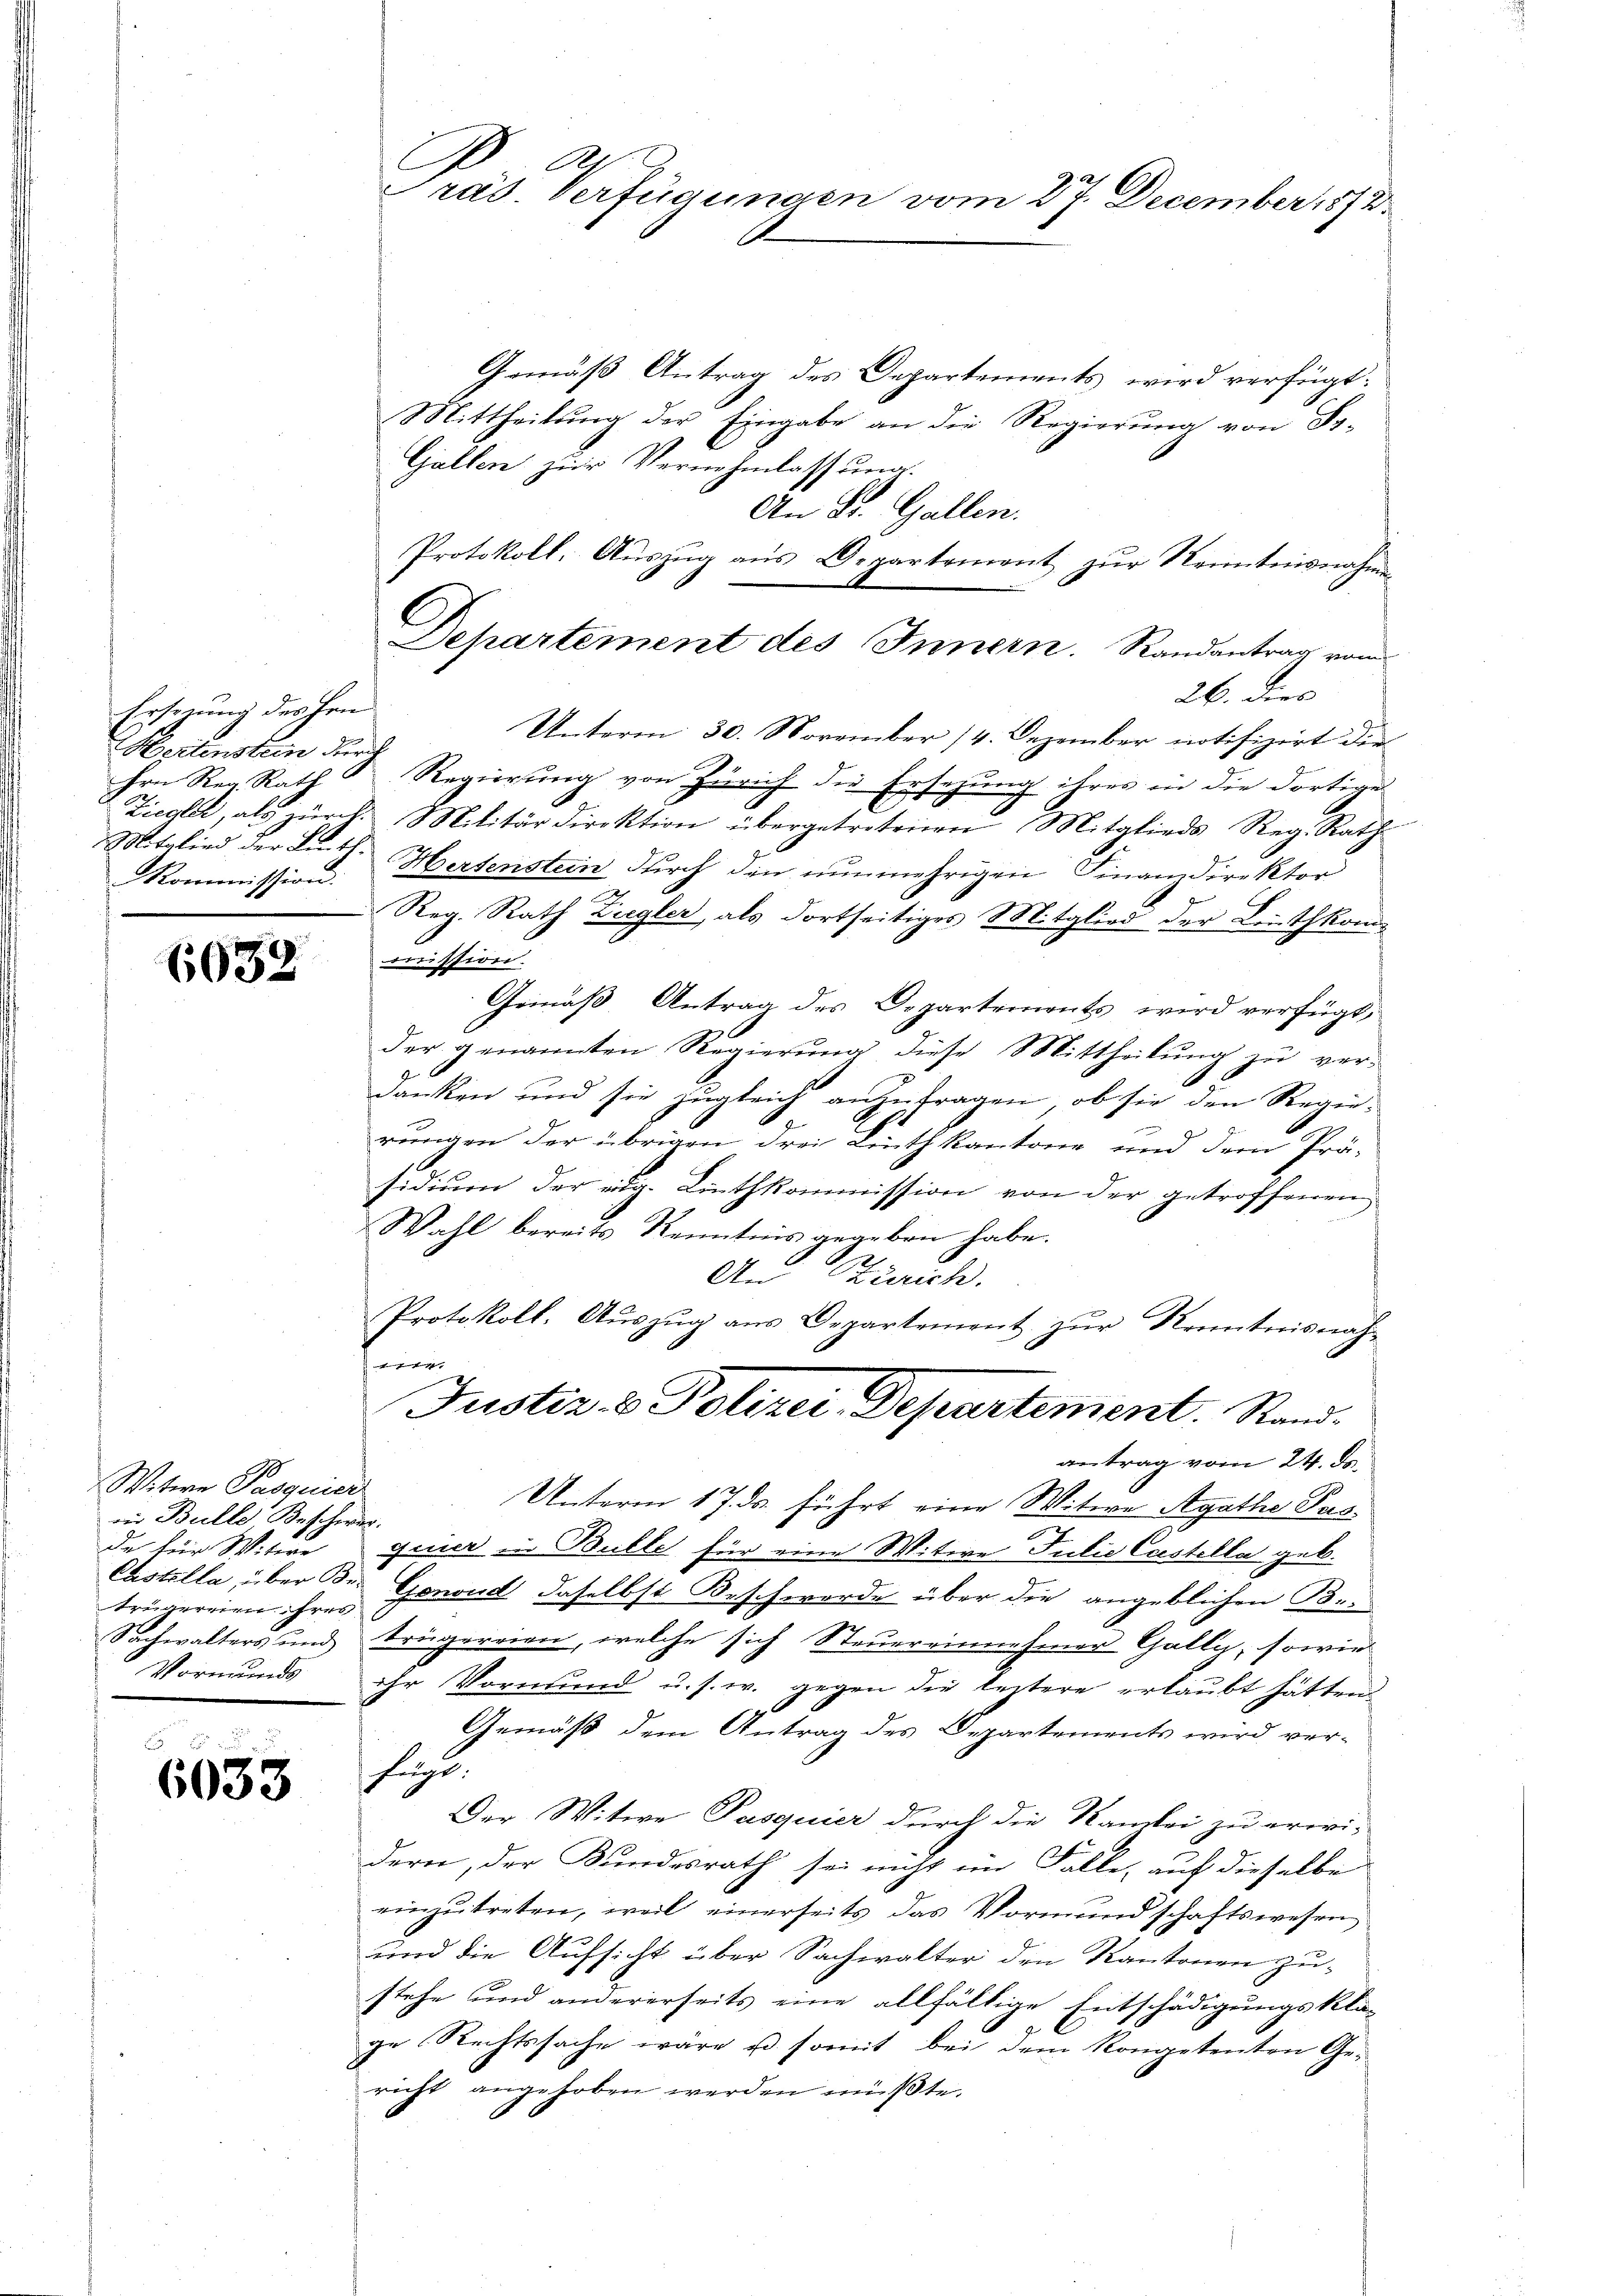
Ersezung des Hrn.
Hertenstein durch
Ihre Reg. Rath
Mitglied der Linth.
Kommission.

6032

Witwe Pasquier
in Bulle Beschwer.
de für Witwe
trügereien ihres

6033

Präs. Verfügungen vom 27. December 1872

Gemäß Antrag des Departements wird verfügt:
Mittheilŭng der Eingabe an die Regierŭng von Fr.
Gallen zur Vernehmlassung.
An St. Gallen.
Protokoll, Auszug aus Departement zur Kenntnisnahmen
Departement des Innern. Randantrag vom
26. dies
Unterm 30. November 14. Dezember notifizirt die
Regierung von Zürich die Ersezung ihres in die dortige
Ziegler, als zürch. Militärdirektion übergetretenen Mitglieds Reg. Rath
Hertenstein durch den nunmehrigen Finanzdirektor
Reg. Rath Ziegler, als dortseitiges Mitglied der Leuthkancission.
Gemäß Antrag des Departements wird verfügt,
der genannten Regierŭng diese Mittheilŭng zu ver-
2
.
danken und sie zugleich anzufragen, ob sie den Regie-
rungen der übrigen drei Linthkantone und dem Prä-
sidium der eig. Linthkommission von der getroffenen
Wahl bereits Kenntnis gegeben habe.
An Zürich.
Protokoll. Auszug aus Departement zur Kenntnisnahhe
Justiz- & Polizei Departement. Stand.
antrag vom 24. ds.
Unterm 17. ds. führt eine Witwe Agathe Pasginner in Bulle für eine Witwe Julie Castella geb.
Castella, über Dr. Gonond, daselbst Beschwerde über die angeblichen Be¬
Sachwalters und trügereien, welche sich Steuereinnehmer Galle, sowie
Vormunds ihr Vormund u. s. w. gegen die leztere erlaubt hätten.
Gemäß dem Antrag des Departements wird verhus.
Der Witwe Pasquier durch die Kanzlei zu erwi-
dern, der Bundesrath sei nicht im Falle, auf dieselbe
einzŭtreten, weil einerseits das Vormundschaftswesen
und die Aufsicht über Sachwalter den Kantonen zustehe und andererseits eine allfällige Entschädigungsklage Rechtssache wäre u. somit bei dem Kompetenten Gericht angehoben werden müßte.